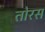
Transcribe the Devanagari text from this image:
तोरस